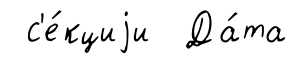
с'е́кциjи Да́та